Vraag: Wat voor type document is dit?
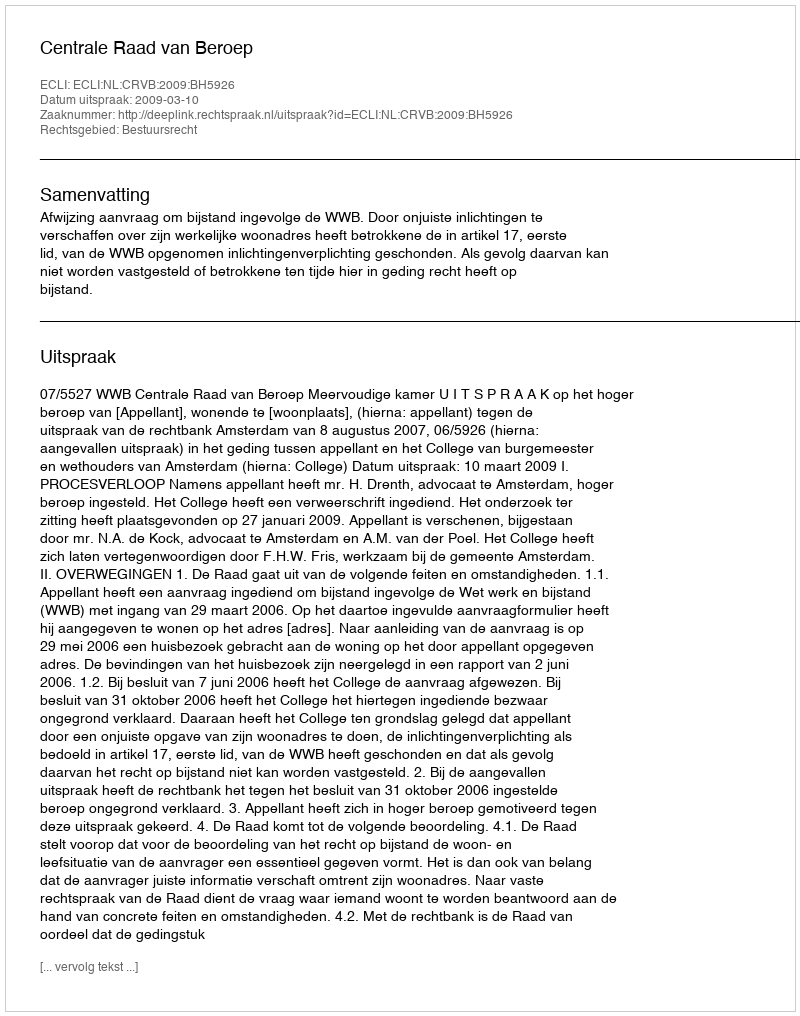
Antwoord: Uitspraak